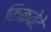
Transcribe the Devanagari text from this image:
किकवेटे